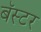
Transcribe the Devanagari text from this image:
बॅस्टर